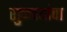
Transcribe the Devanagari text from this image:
सुळक्यांचा